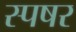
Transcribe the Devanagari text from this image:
स्पषर